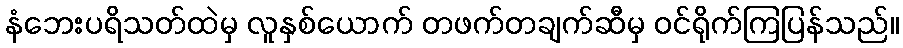
နံဘေးပရိသတ်ထဲမှ လူနှစ်ယောက် တဖက်တချက်ဆီမှ ဝင်ရိုက်ကြပြန်သည်။